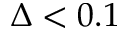
\Delta < 0 . 1